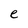
Character: e